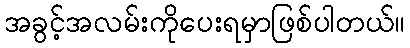
အခွင့်အလမ်းကိုပေးရမှာဖြစ်ပါတယ်။